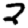
Digit: 2